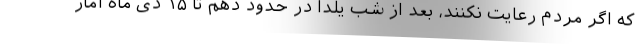
که اگر مردم رعایت نکنند، بعد از شب یلدا در حدود دهم تا ۱۵ دی ماه آمار